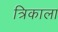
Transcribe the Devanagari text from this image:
त्रिकाला